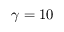
\gamma = 1 0